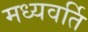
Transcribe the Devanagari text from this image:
मध्यवर्ति